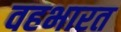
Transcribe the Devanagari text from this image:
वहभारत